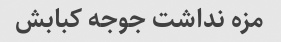
مزه نداشت جوجه کبابش